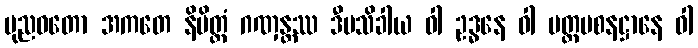
ပုညဝတော အကတေ နိမိတ္တံ ဂဏှန္တဿ ဒီပသိခါယ ဝါ ဥဒ္ဓနေ ဝါ ပတ္တပစနဋ္ဌာနေ ဝါ